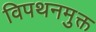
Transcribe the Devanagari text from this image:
विपथनमुक्त